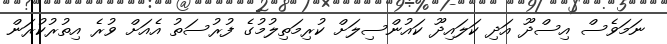
ނަމަވެސް އިސްދޫ އަދި ކަލައިދޫ ކައުންސިލަށް ކުރިމަތިލުމުގެ ފުރުސަތު އެއަށް ވުރެ އިތުރުކުރަން